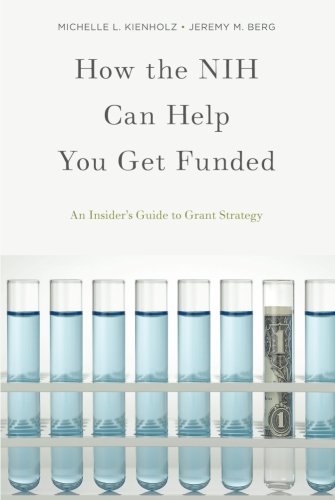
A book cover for How the NIH Can Help You Get Funded: An Insider's Guide to Grant Strategy; Michelle L. Kienholz; Medical Books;